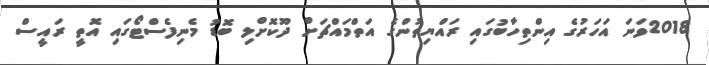
2018ވަނަ އަހަރުގެ އިންތިހާބުގައި ރައްޔިތުންގެ އަތްމައްޗަށް ދޫކޮށްލި ބޮޑު މެނިފެސްޓޯގައި އޮތީ ރައީސް